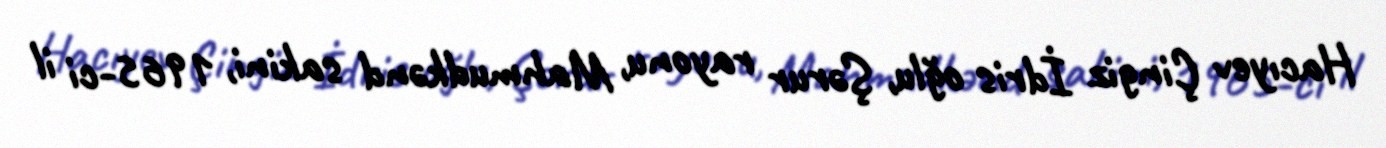
Hacıyev Çingiz İdris oğlu, Şərur rayonu, Mahmudkənd sakini, 1965-ci il